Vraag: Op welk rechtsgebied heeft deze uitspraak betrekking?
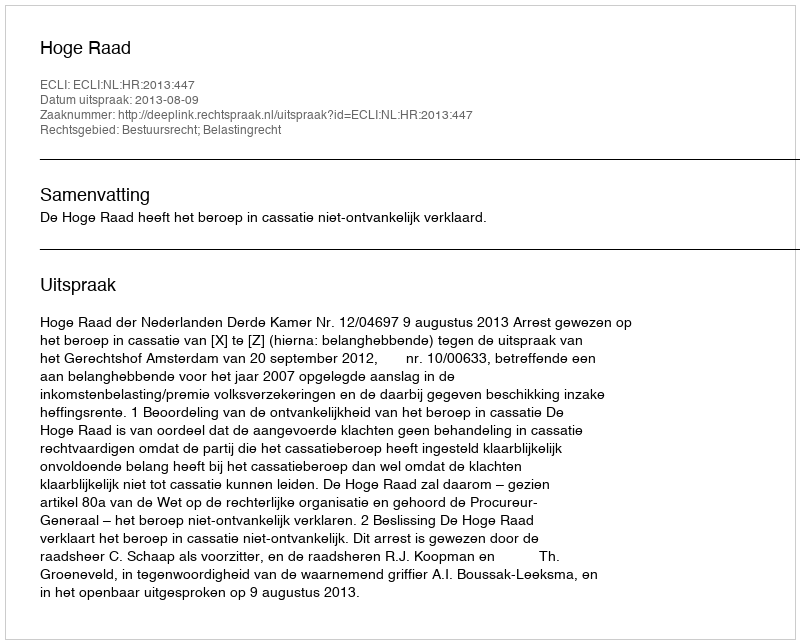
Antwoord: Bestuursrecht; Belastingrecht